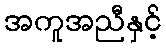
အကူအညီနှင့်